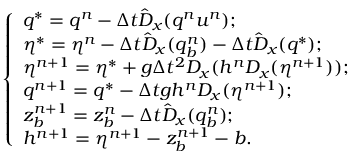
\left\{ \begin{array} { l l } { q ^ { * } = q ^ { n } - \Delta t \hat { D } _ { x } ( q ^ { n } u ^ { n } ) ; } \\ { \eta ^ { * } = \eta ^ { n } - \Delta t \hat { D } _ { x } ( q _ { b } ^ { n } ) - \Delta t \hat { D } _ { x } ( q ^ { * } ) ; } \\ { \eta ^ { n + 1 } = \eta ^ { * } + g \Delta t ^ { 2 } D _ { x } ( h ^ { n } D _ { x } ( \eta ^ { n + 1 } ) ) ; } \\ { q ^ { n + 1 } = q ^ { * } - \Delta t g h ^ { n } D _ { x } ( \eta ^ { n + 1 } ) ; } \\ { z _ { b } ^ { n + 1 } = z _ { b } ^ { n } - \Delta t \hat { D } _ { x } ( q _ { b } ^ { n } ) ; } \\ { h ^ { n + 1 } = \eta ^ { n + 1 } - z _ { b } ^ { n + 1 } - b . } \end{array} \right.